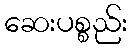
ဆေးပစ္စည်း